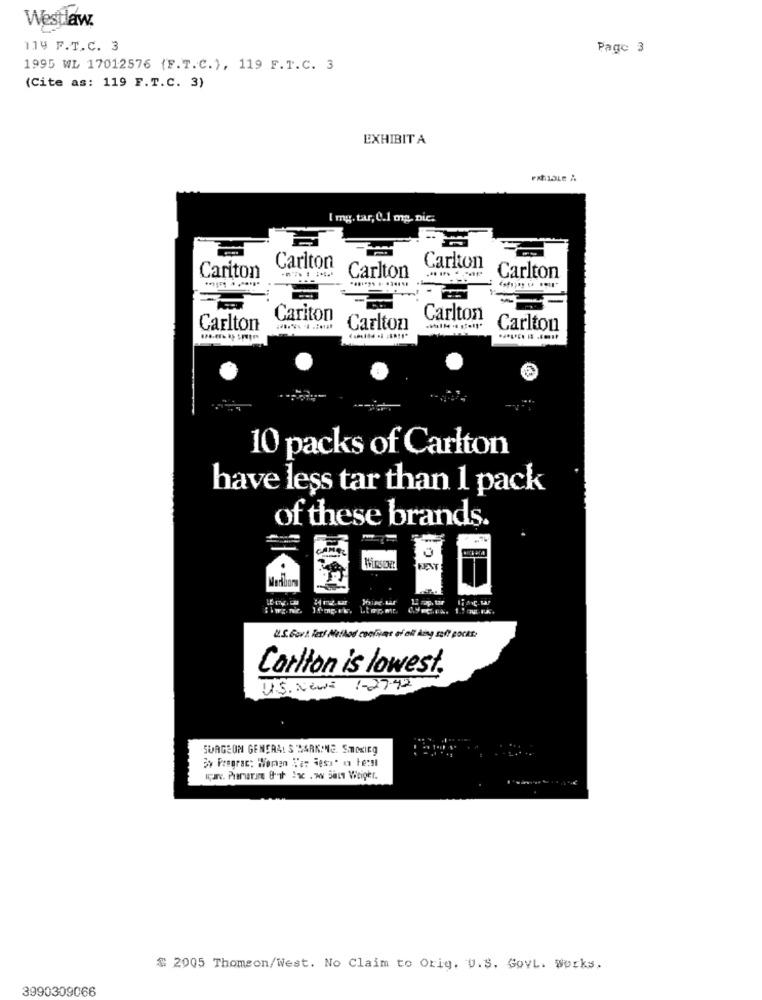
Westlaw.
114 F.T.C. 3
Page 3
1995 WL 17012576 {F.T.C.), 119 F.T.C. 3
(Cite as: 119 F.T.C. 3)
EXHIBIT A
[ mg. tar, C.1 mp. nic:
Carlton
Carlton
Cariton
Carlton
Carlton
Cariton
Carlton
Carlton
Carlton
Carlton
10 packs of Carlton
have less tar than 1 pack
of these brands.
HURSENT
U. S. Govt. Fett Method cooling of olt kany soft pocas.
Carlton is lowest.
U.S. News 1-27:42
SURGEON GENERAL S MARKMNE. SMOKIEg
Sy Prograc: Women L'ar Jess' un te:si
$ 2005 Thomson/West. No Claim to Orig. U.S. GovL. works.
3990309066